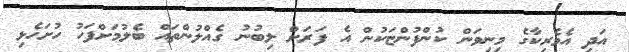
އަދި އެމެރިކާގެ މިނިވަން ކުންފުންޏަކުން އެ ފަރަށް ލިބުނު ގެއްލުންތައް ބެލުމަށްފަހު ހުށަހެޅި